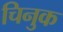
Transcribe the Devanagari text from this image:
चिनुक